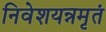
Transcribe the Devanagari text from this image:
निवेशयन्नमृतं